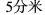
5分米